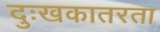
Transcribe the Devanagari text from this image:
दुःखकातरता